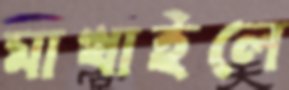
মাখাইলে